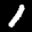
Label: 1